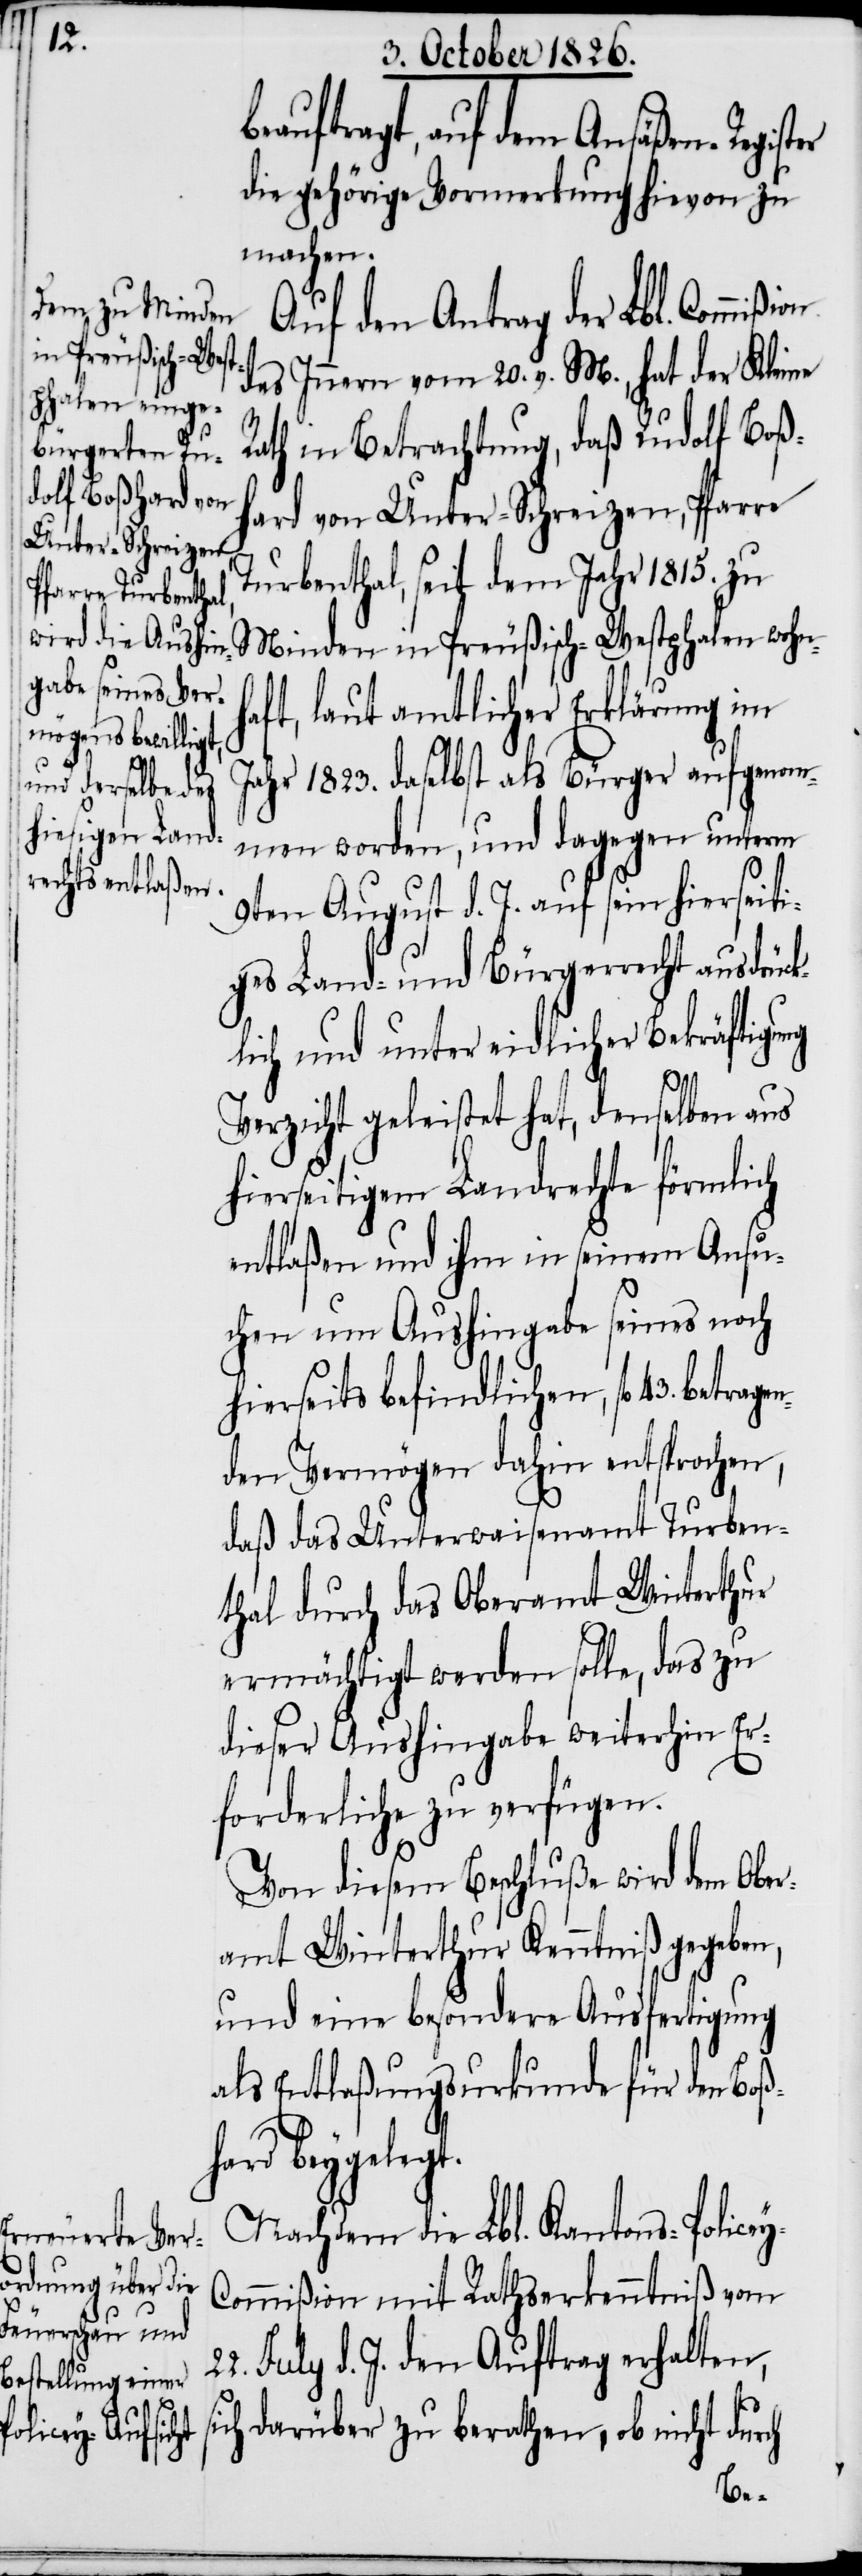
22.

eauftragt, auf dem Ansäßen-Register
die gehörige Vormerkung hievon zu
machen.
Auf den Antrag der Lbl. Commi¬
des Innern vom 20. v. M., hat der Kleine
Rath in Betrachtung, daß Rudolf Boß¬
hard von Unter-Schreizen, Pfarre
Turbenthal, seit dem Jahr 1815. zu
Minden in Preußisch-Westphalen wohnh¬
aft, laut amtlicher Erklärung im
Jahr 1823. daselbst als Bürger aufgenom¬
men worden, und dagegen unterm
9ten August d. J. auf sein hierseiti¬
ges Land- und Bürgerrecht ausdrück¬
lich und unter eidlicher Bekräftigung
s¬
Verzicht geleistet hat, denselben aus
hierseitigem Landrechte förmlich
entlaßen und ihm in seinem Ansu¬
chen um Aushingabe seines noch
hierseits befindlichen, fl. 43. betra¬
den Vermögen dahin entsprochen,
daß das Unterwaisenamt Turben¬
thal durch das Oberamt Winterthur
ermächtigt werden solle, das zu
dieser Aushingabe weiterhin Er¬
forderliche zu verfügen.
Von diesem Beschluße wird dem Ober¬
amt Winterthur Kenntniß gegeben,
und eine besondere Ausfertigung
als Entlaßungsurkunde für den Boß¬
y-C¬
hard beygelegt.
Nachdem die Lbl. Kantons-Police¬
ommißion mit Rathserkenntniß vom
d. J. den Auftrag erhalten,
ich darüber zu berathen, ob nicht durch